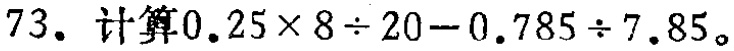
73. 计算\(0.25\times 8\div 20 - 0.785\div 7.85\)。